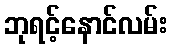
ဘုရင့်နောင်လမ်း